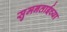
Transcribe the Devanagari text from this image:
सुमनताईच्या